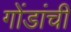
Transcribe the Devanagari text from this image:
गोंडांची